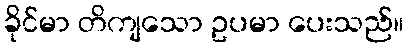
ခိုင်မာ တိကျသော ဥပမာ ပေးသည်။